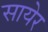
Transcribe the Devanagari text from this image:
सायेर